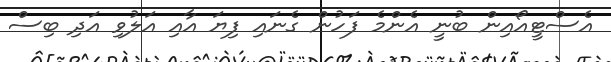
އެސްޓީއޯއިން ބުނީ އެންމެ ފަހުން ގެނައި ފިޔަ އާއި އަލުވި އަދި ބިސް